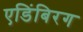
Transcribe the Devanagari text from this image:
एडिंबिरग